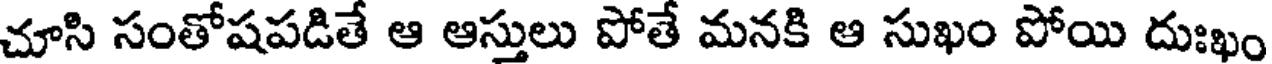
చూసి సంతోషపడితే ఆ ఆస్తులు పోతే మనకి ఆ సుఖం పోయి దుఃఖం